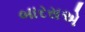
બારસએ